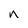
Character: n